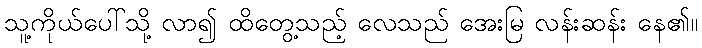
သူ့ကိုယ်ပေါ်သို့ လာ၍ ထိတွေ့သည့် လေသည် အေးမြ လန်းဆန်း နေ၏။